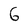
Character: 6